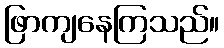
ဖြာကျနေကြသည်။